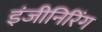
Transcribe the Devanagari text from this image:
इंजीनिरिंग